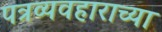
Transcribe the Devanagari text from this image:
पत्रव्यवहाराच्या